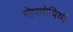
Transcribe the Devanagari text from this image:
गोपगोपियों